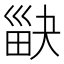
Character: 𤱾